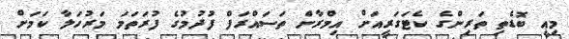
މިއީ ބޮޑެތި ތަރިންގެ ކެޓަގަރީއަށް އިމްރާން ތަސައްރަފް ފުދުމުގެ ފުރަތަމަ މަރުހަލާ ކަމަށް